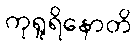
ကုရူရိနောတိ